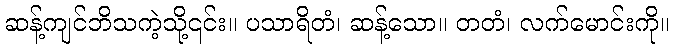
ဆန့်ကျင်ဘိသကဲ့သို့၎င်း။ ပသာရိတံ၊ ဆန့်သော။ တတံ၊ လက်မောင်းကို။